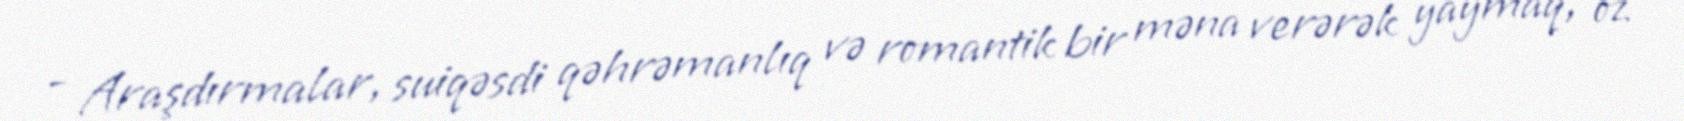
- Araşdırmalar, suiqəsdi qəhrəmanlıq və romantik bir məna verərək yaymaq, öz